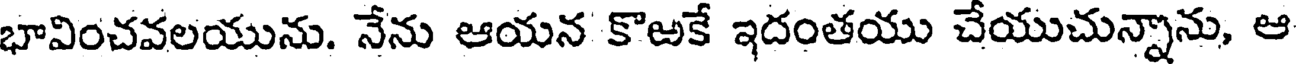
భావించవలయును. నేను ఆయన కొఱకే ఇదంతయు చేయుచున్నాను, ఆ